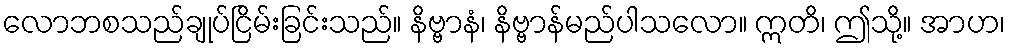
လောဘစသည်ချုပ်ငြိမ်းခြင်းသည်။ နိဗ္ဗာနံ၊ နိဗ္ဗာန်မည်ပါသလော။ ဣတိ၊ ဤသို့။ အာဟ၊